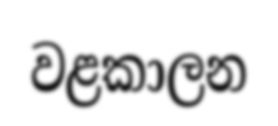
වළකාලන